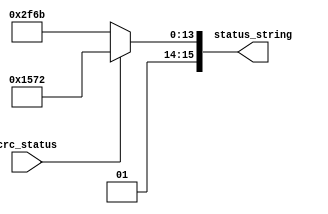
module lcd_crc_stats_dec(
	input crc_status,
	output [15:0] status_string
);

reg [15:0] out_string;

assign status_string = out_string;

always @ (*) begin
	if (crc_status == 1'b1) begin
		out_string <= 16'h5572; // <= er ascii
	end	
	else begin
		out_string <= 16'h6F6B; // <= ok ascii
	end
end

endmodule